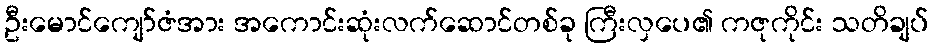
ဦးမောင်ကျော်ဇံအား အကောင်းဆုံးလက်ဆောင်တစ်ခု ကြီးလှပေ၏ ကဇုကိုင်း သတိချပ်